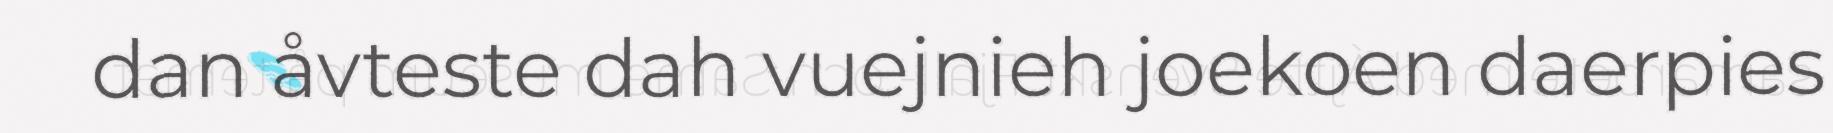
dan åvteste dah vuejnieh joekoen daerpies